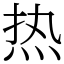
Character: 热